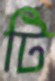
টি